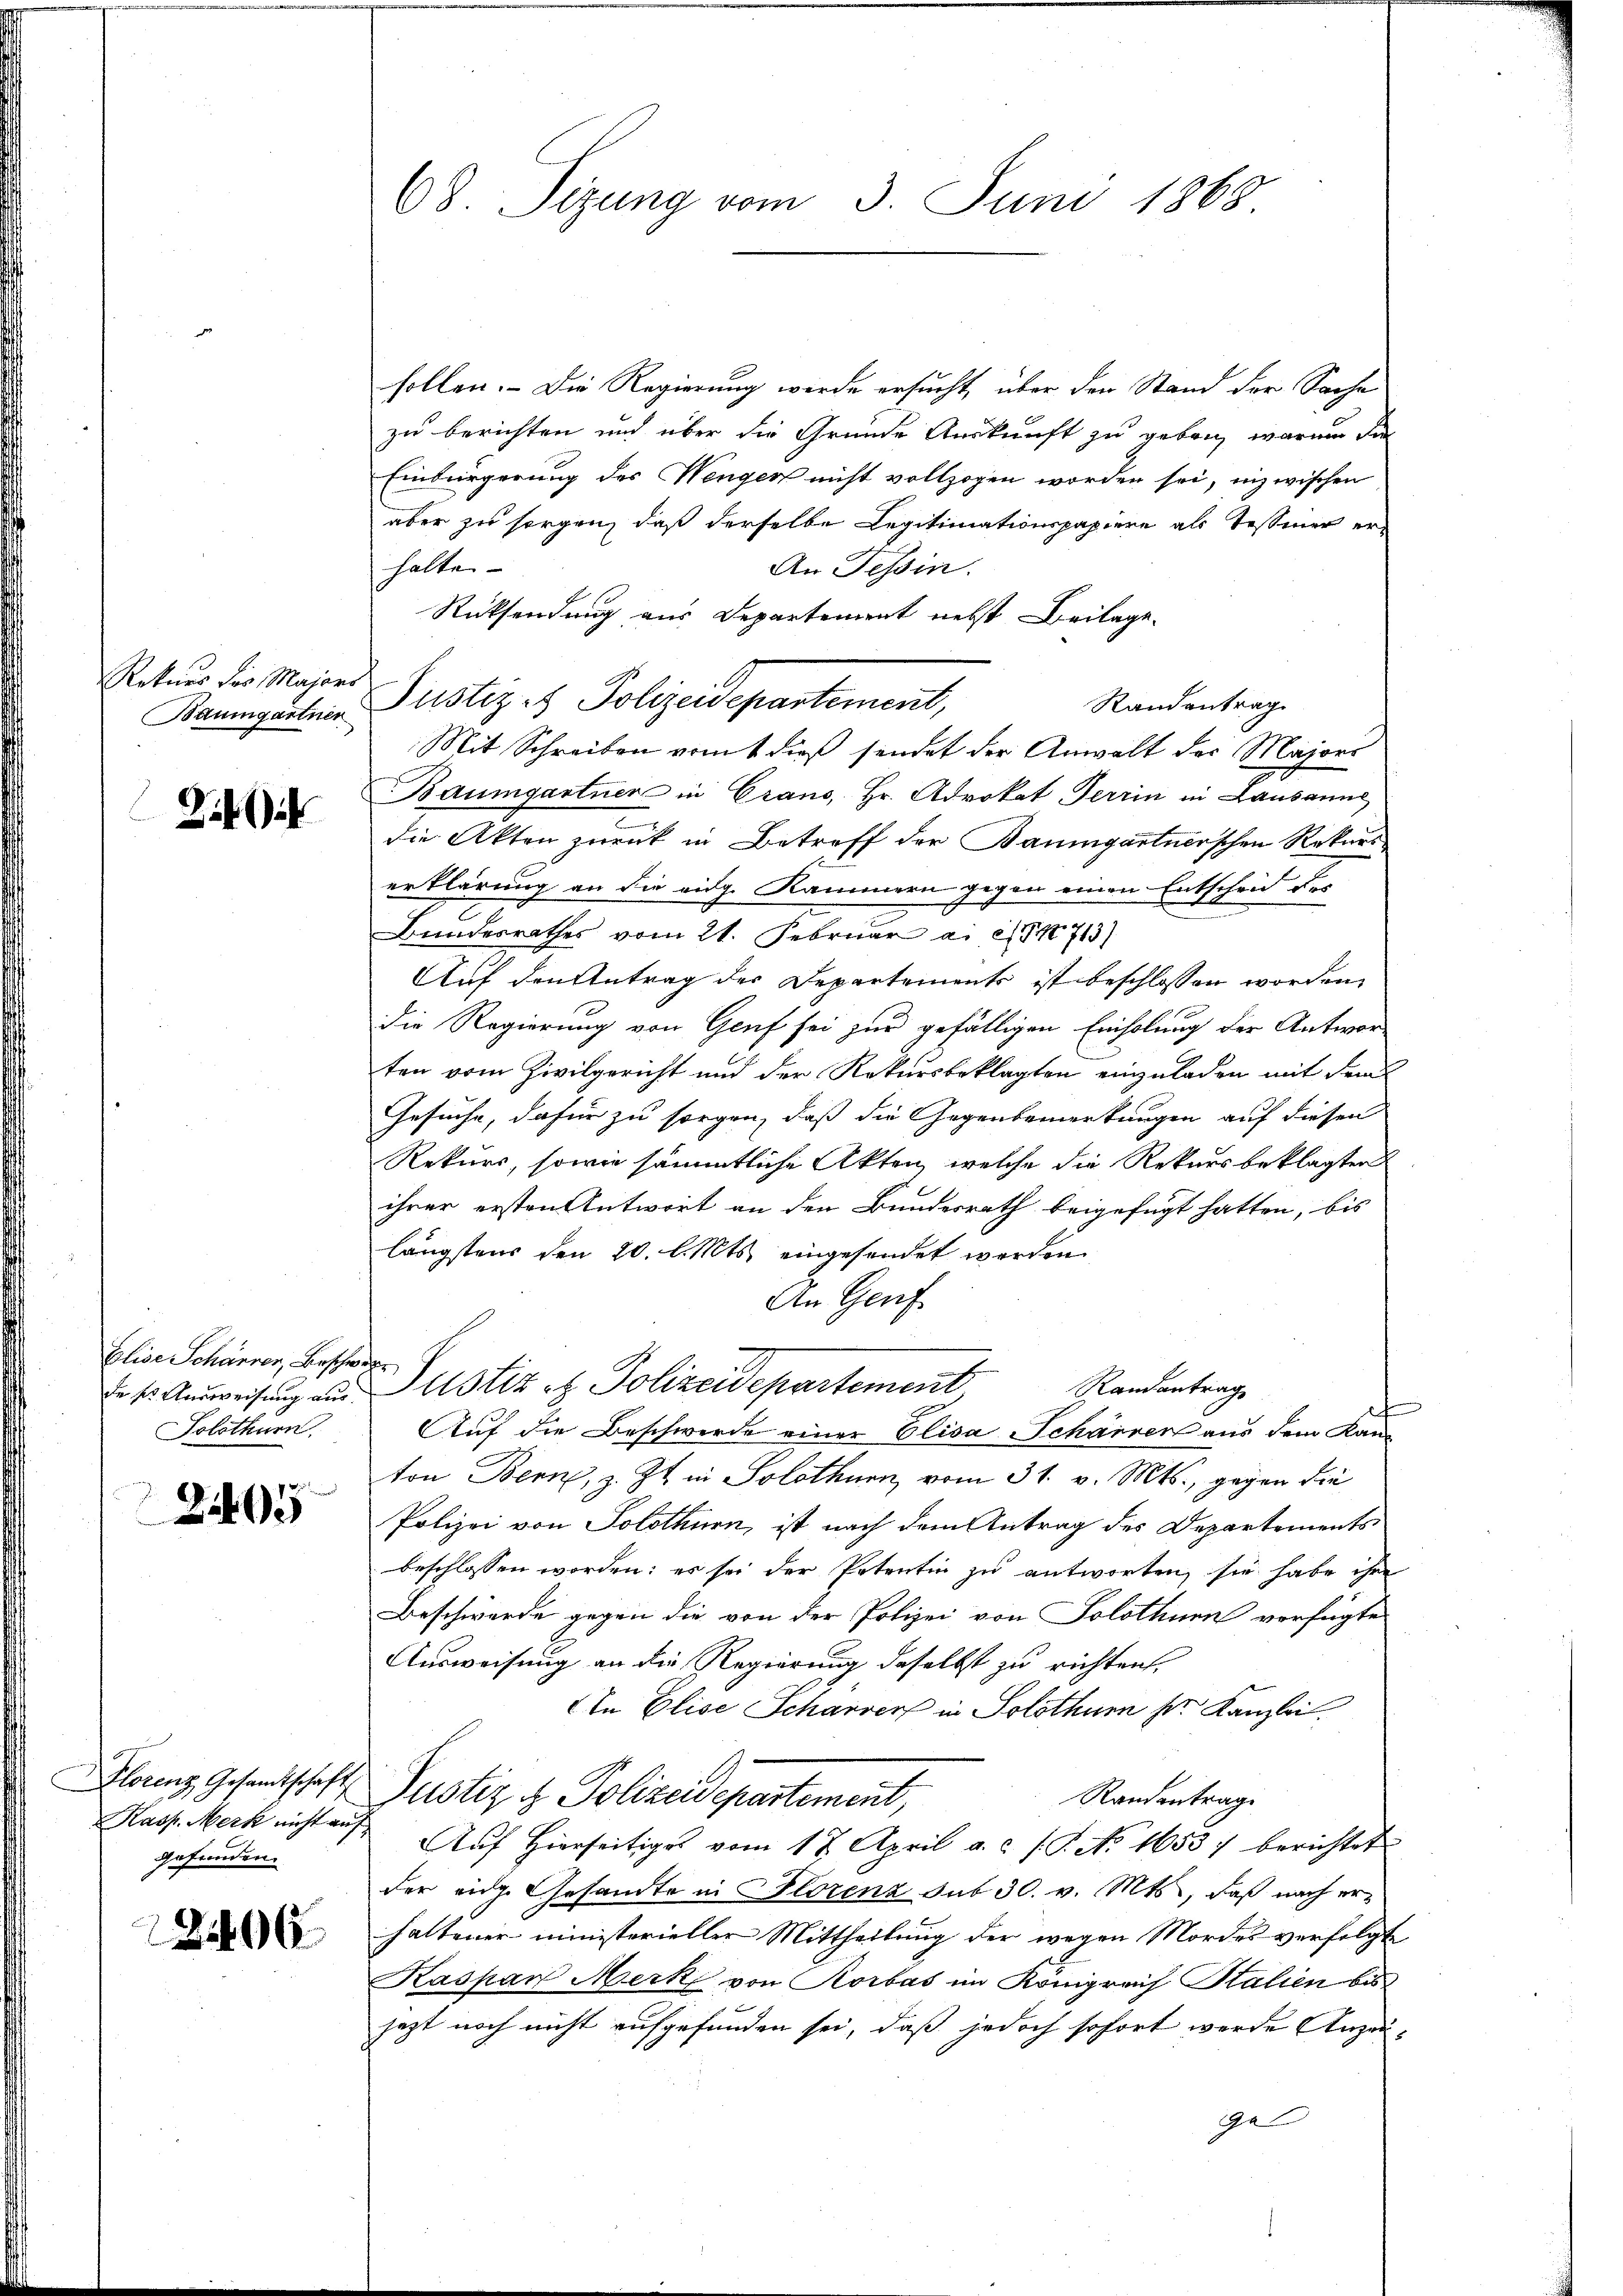
Rekurs des Majors
Baumgartner

2

Elise Schärrer, Beschwier
Solothurn
e

2405

Florenz Gesandtschaft
gefunden.

2406

68 Sizung vom 3. Juni 1868

sollen. - Die Regierung werde ersucht, über den Stand der Sache
zu berichten und über die Gründe Auskunft zu geborn warum die
Einbürgerung des Wengen nicht vollzogen worden sei, inzwischen
aber zu sorgen, daß derselbe Legitimationspapiere als Tessiner erhalte
An Tessin.
Rücksendung aus Departement nebst Beilage.
Randantrag
Mit Schreiben vom 1 dieß sendet der Anwalt der Majors
Baumgartner in Crano, Hr. Advokat Terrin in Lausanne
e
die Akten zurück in Betreff der Baumgartnerschen Rekurserklärung an die eidg. Kammern gegen einen Entscheid des
I
Bundesrathes vom 21. Februar a. c. 713)
Auf den Antrag der Departements ist beschlossen worden,
Die Regierung von Genf sei zur gefälligen Einholung der Antworten vom Zivilgericht und der Rekursbeklagten einzuladen mit dem
Gesuche, dafür zu sorgen, daß die Gegenbemerkungen auf diesen
Rekurs, sowie sämmtliche Akten, welche die Rekursbeklagten
ihrer ersten Antwort an den Bundesrath beigefügt hatten, bis
längstens den 20. l. Mts. eingesendet worden.
An Genf
.
Randantrag
de ses Ausweisung aus Justiz - Polizeidepartement
t
Auf die Beschwerde einer Elisa Scharren aus dem Kanton Bern, z. Zt. in Solothurn vom 31. v. Mts., gegen die
Polizei von Solothurn, ist nach dem Antrag des Departements
beschlossen worden; es sei der Petentin zu antworten, sie habe ihre
Beschwerde gegen die von der Polizei von Solothurn vorfügte
Ausweisung an die Regierung deselbst zu richten,
In Elise Scharrer in Solothur sr. Kanzlei.
Justiz & Polizeidepartement,
Randentrage
Kasp. Merk nicht auf Auf Hierseitiges vom 17. April a. c. (T. No. 1653 :/ berichtet
der eidg. Gesandte in Florenz sub 30. v. Mts., daß nach erhaltener ministerieller Mittheilung der wegen Mordes verfolgte
Kaspan Merk von Korbas im Königreich Stalien bis
jezt noch nicht aufgefunden sei, daß jedoch sofort werde Anzeige

Justiz- & Polizeidepartement,

n